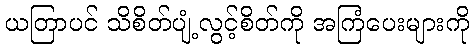
ယတြာပင် သိစိတ်ပျံ့လွင့်စိတ်ကို အကြံပေးများကို